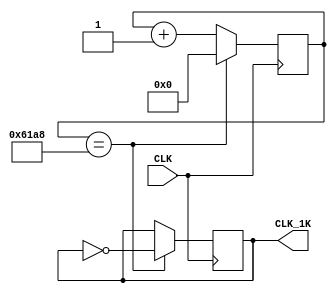
// Oregon Institute of Technology 
// Design Name: ClockDivider
// Module Name: ClockDivider 
// Project Name: CST 351  Lab 2
// Target Devices: EPM2210F324C3N
// Description: Divides the frequency from 50Mhz to 1KHz
 
module ClockDivider(
input CLK,
output reg CLK_1K
);

reg[14:0] count;
initial begin CLK_1K = 0; count = 0;end
always@(posedge CLK)
begin
	if(count == 25000)
		count = 0;
	else
		count = count + 15'd1;
end

always@(negedge CLK)
begin
	if(count == 25000)
		CLK_1K = ~CLK_1K;
	else
		CLK_1K = CLK_1K;
end


endmodule